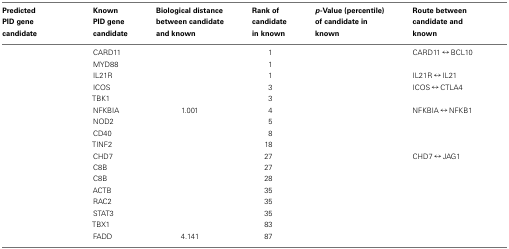
<table><thead><tr><td><b>Predicted PID gene candidate</b></td><td><b>Known PID gene candidate</b></td><td><b>Biological distance between candidate and known</b></td><td><b>Rank of candidate in known</b></td><td><b><i>p</i>-Value (percentile) of candidate in known</b></td><td><b>Route between candidate and known</b></td></tr></thead><tbody><tr><td>[EMPTY_CELL]</td><td>CARD11</td><td>[EMPTY_CELL]</td><td>1</td><td>[EMPTY_CELL]</td><td>CARD11 ↔ BCL10</td></tr><tr><td>[EMPTY_CELL]</td><td>MYD88</td><td>[EMPTY_CELL]</td><td>1</td><td>[EMPTY_CELL]</td><td>[EMPTY_CELL]</td></tr><tr><td>[EMPTY_CELL]</td><td>IL21R</td><td>[EMPTY_CELL]</td><td>1</td><td>[EMPTY_CELL]</td><td>IL21R ↔ IL21</td></tr><tr><td>[EMPTY_CELL]</td><td>ICOS</td><td>[EMPTY_CELL]</td><td>3</td><td>[EMPTY_CELL]</td><td>ICOS ↔ CTLA4</td></tr><tr><td>[EMPTY_CELL]</td><td>TBK1</td><td>[EMPTY_CELL]</td><td>3</td><td>[EMPTY_CELL]</td><td>[EMPTY_CELL]</td></tr><tr><td>[EMPTY_CELL]</td><td>NFKBIA</td><td>1.001</td><td>4</td><td>[EMPTY_CELL]</td><td>NFKBIA ↔ NFKB1</td></tr><tr><td>[EMPTY_CELL]</td><td>NOD2</td><td>[EMPTY_CELL]</td><td>5</td><td>[EMPTY_CELL]</td><td>[EMPTY_CELL]</td></tr><tr><td>[EMPTY_CELL]</td><td>CD40</td><td>[EMPTY_CELL]</td><td>8</td><td>[EMPTY_CELL]</td><td>[EMPTY_CELL]</td></tr><tr><td>[EMPTY_CELL]</td><td>TINF2</td><td>[EMPTY_CELL]</td><td>18</td><td>[EMPTY_CELL]</td><td>[EMPTY_CELL]</td></tr><tr><td>[EMPTY_CELL]</td><td>CHD7</td><td>[EMPTY_CELL]</td><td>27</td><td>[EMPTY_CELL]</td><td>CHD7 ↔ JAG1</td></tr><tr><td>[EMPTY_CELL]</td><td>C8B</td><td>[EMPTY_CELL]</td><td>27</td><td>[EMPTY_CELL]</td><td>[EMPTY_CELL]</td></tr><tr><td>[EMPTY_CELL]</td><td>C8B</td><td>[EMPTY_CELL]</td><td>28</td><td>[EMPTY_CELL]</td><td>[EMPTY_CELL]</td></tr><tr><td>[EMPTY_CELL]</td><td>ACTB</td><td>[EMPTY_CELL]</td><td>35</td><td>[EMPTY_CELL]</td><td>[EMPTY_CELL]</td></tr><tr><td>[EMPTY_CELL]</td><td>RAC2</td><td>[EMPTY_CELL]</td><td>35</td><td>[EMPTY_CELL]</td><td>[EMPTY_CELL]</td></tr><tr><td>[EMPTY_CELL]</td><td>STAT3</td><td>[EMPTY_CELL]</td><td>35</td><td>[EMPTY_CELL]</td><td>[EMPTY_CELL]</td></tr><tr><td>[EMPTY_CELL]</td><td>TBX1</td><td>[EMPTY_CELL]</td><td>83</td><td>[EMPTY_CELL]</td><td>[EMPTY_CELL]</td></tr><tr><td>[EMPTY_CELL]</td><td>FADD</td><td>4.141</td><td>87</td><td>[EMPTY_CELL]</td><td>[EMPTY_CELL]</td></tr></tbody></table>